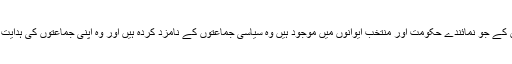
انوں نے کہا کہ اقلیتیوں کے جو نمائندے حکومت اور منتخب ایوانوں میں موجود ہیں وہ سیاسی جماعتوں کے نامزد کردہ ہیں اور وہ اپنی جماعتوں کی ہدایت پر ہی عمل کرتے ہیں۔